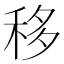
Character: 移